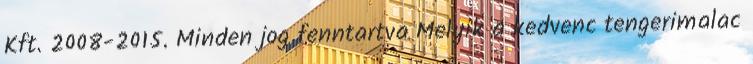
Kft. 2008-2015. Minden jog fenntartva Melyik a kedvenc tengerimalac